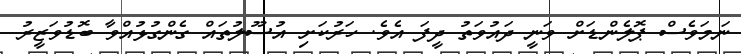
ނަމަވެސް ޕޮލެންޑަށް ވަނީ ދައުވަތު ދީފަ އެވެ. ހަރުކަށި އުސޫލުތައް ގެންގުޅުއްވާ ބޮޑުވަޒީރު